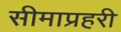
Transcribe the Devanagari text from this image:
सीमाप्रहरी